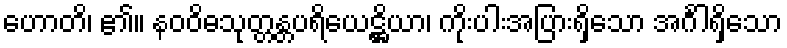
ဟောတိ၊ ၏။ နဝဝိဓသုတ္တန္တပရိယေဋ္ဌိယာ၊ ကိုးပါးအပြားရှိသော အင်္ဂါရှိသော